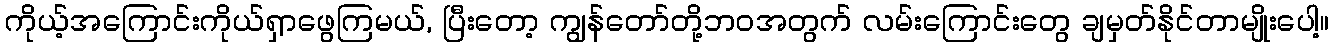
ကိုယ့်အကြောင်းကိုယ်ရှာဖွေကြမယ်, ပြီးတော့ ကျွန်တော်တို့ဘဝအတွက် လမ်းကြောင်းတွေ ချမှတ်နိုင်တာမျိုးပေါ့။